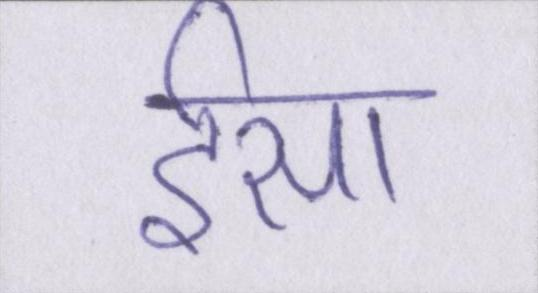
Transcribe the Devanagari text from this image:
ईसा